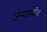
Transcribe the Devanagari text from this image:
जन्मगावीच